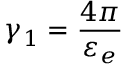
\gamma _ { 1 } = \frac { 4 \pi } { \varepsilon _ { e } }